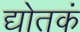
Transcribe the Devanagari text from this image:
द्योतकं